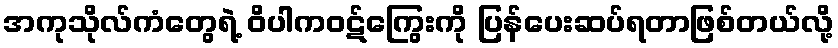
အကုသိုလ်ကံတွေရဲ့ ဝိပါကဝဋ်ကြွေးကို ပြန်ပေးဆပ်ရတာဖြစ်တယ်လို့